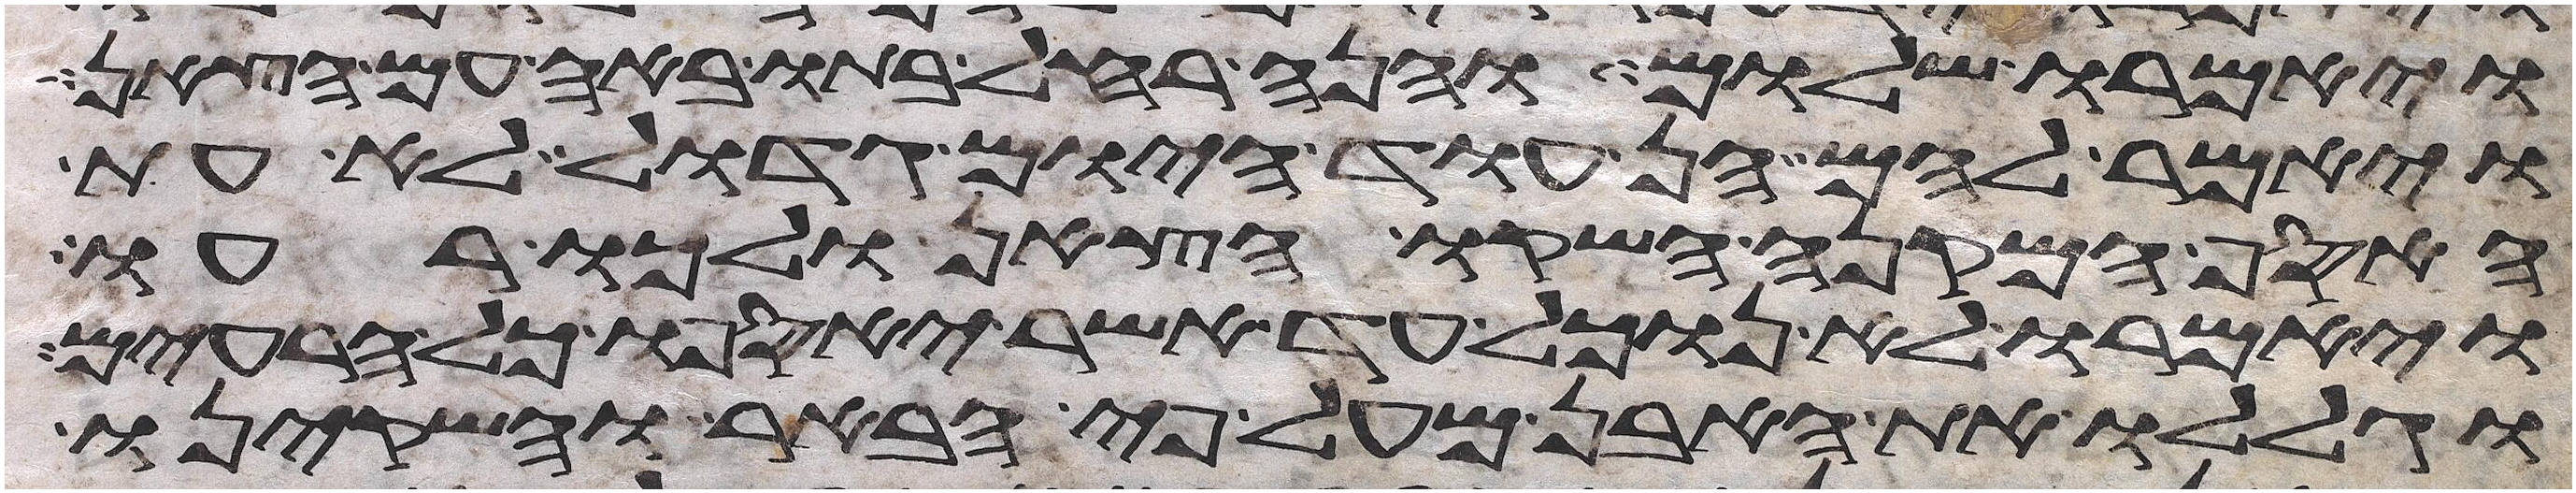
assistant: ויאמרו שלום והנה רחל בתו באה עם הצאן
ויאמר להם הן עוד היום גדול לא עת
האסף המקנה השקו הצאן ולכו רעו
ויאמרו לא נוכל עד אשר יאספו כל הרעים
וגללו את האבן מעל פי הבאר והשקינו